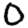
Digit: 0